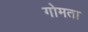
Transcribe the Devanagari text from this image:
गोमता